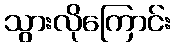
သွားလိုကြောင်း